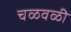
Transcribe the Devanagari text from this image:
चळवळीे